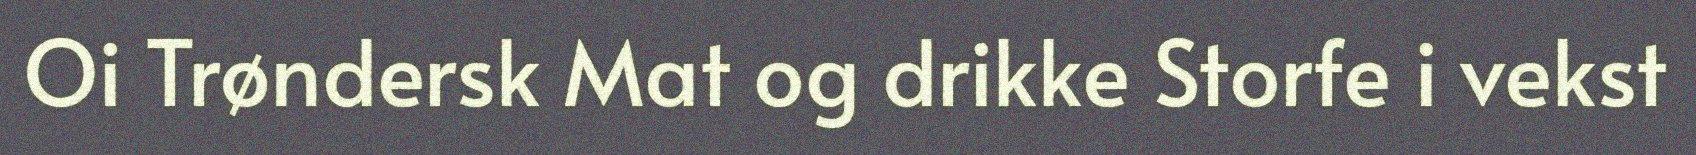
Oi Trøndersk Mat og drikke Storfe i vekst